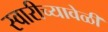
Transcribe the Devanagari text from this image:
स्वारीच्यावेळी